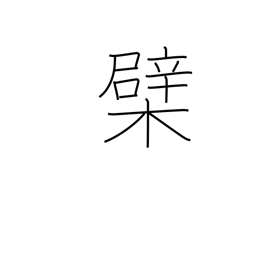
Meaning: Amur or Chinese cork tree